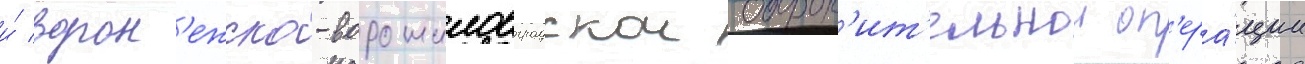
и́ ворон'ежско-ворошиловградскои оборон'ит'ельнои оп'ера́ции